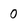
Character: 0